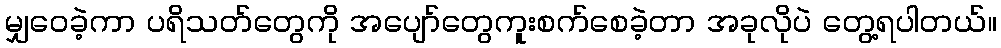
မျှဝေခဲ့ကာ ပရိသတ်တွေကို အပျော်တွေကူးစက်စေခဲ့တာ အခုလိုပဲ တွေ့ရပါတယ်။